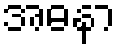
အဓနာ